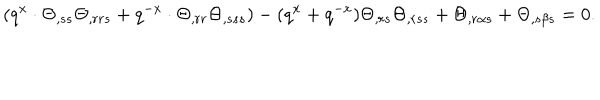
LaTeX: ( q ^ { x } \cdot \Theta _ { , s s } \Theta _ { , r r s } + q ^ { - x } \cdot \Theta _ { , r r } \Theta _ { , s s s } ) - ( q ^ { x } + q ^ { - x } ) \Theta _ { , r s } \Theta _ { , r s s } + \Theta _ { , r \alpha s } + \Theta _ { , s \beta s } = 0 .